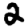
Digit: 2